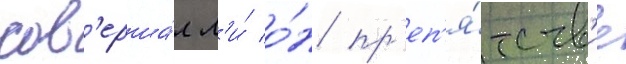
сов'ерша́л л'и́ о́н пр'еп'я́тств'ие